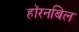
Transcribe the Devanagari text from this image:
हॉरनबिल